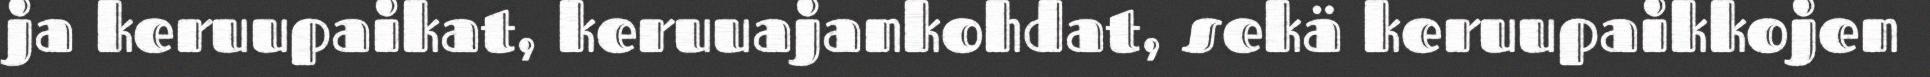
ja keruupaikat, keruuajankohdat, sekä keruupaikkojen